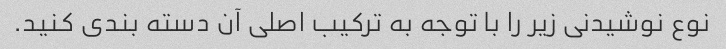
نوع نوشیدنی زیر را با توجه به ترکیب اصلی آن دسته بندی کنید.